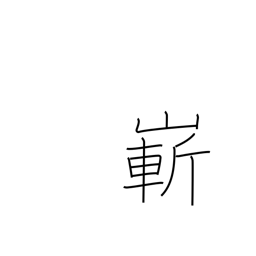
Meaning: steep or high mountain